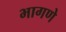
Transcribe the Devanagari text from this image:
भागणे